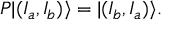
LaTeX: P | ( I _ { a } , I _ { b } ) \rangle = | ( I _ { b } , I _ { a } ) \rangle .